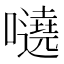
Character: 𡃺